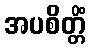
အပစိတ္တိံ